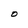
Character: O